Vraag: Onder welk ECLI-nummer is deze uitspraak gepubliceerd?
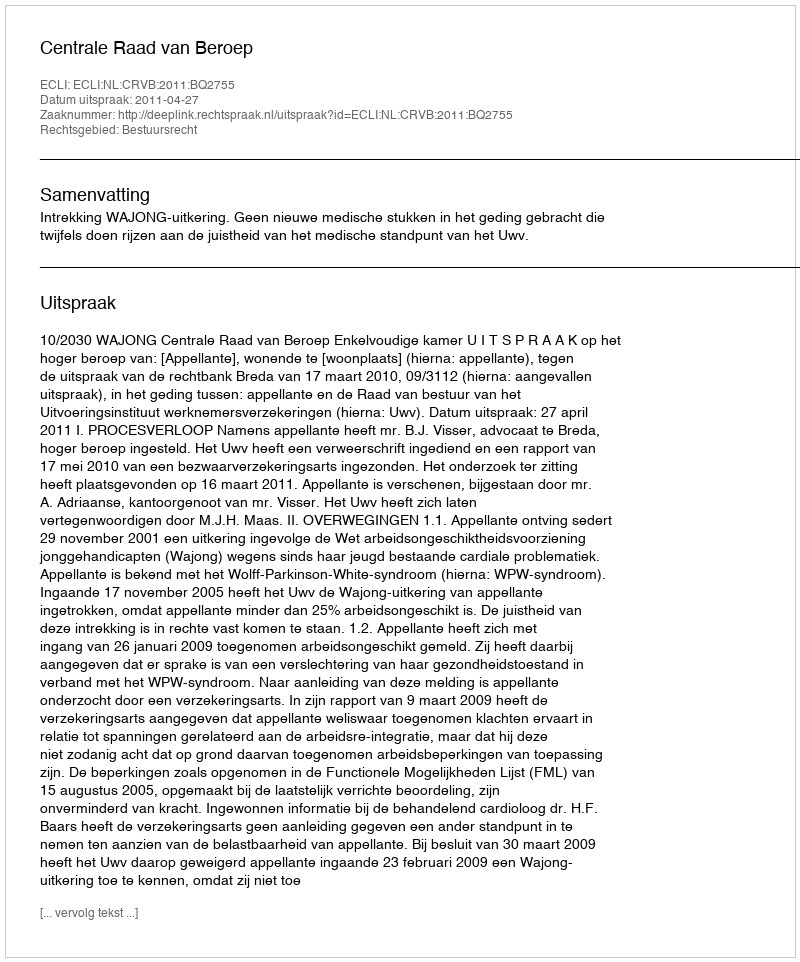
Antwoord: ECLI:NL:CRVB:2011:BQ2755